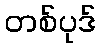
တစ်ပုဒ်